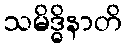
သမိဒ္ဓိနာတိ